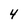
Character: 4